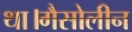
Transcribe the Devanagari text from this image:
था।गैसोलीन